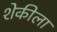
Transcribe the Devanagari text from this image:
शेकीला